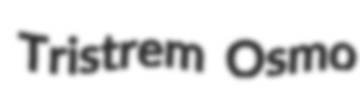
Tristrem Osmo